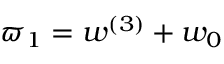
\varpi _ { 1 } = w ^ { ( 3 ) } + w _ { 0 }